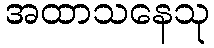
အထာသနေသု